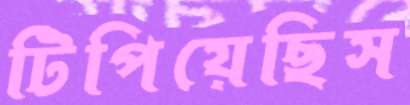
টিপিয়েছিস